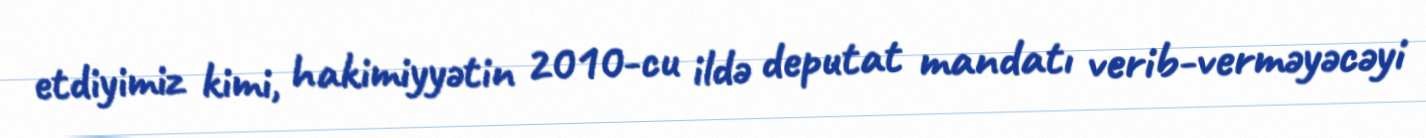
etdiyimiz kimi, hakimiyyətin 2010-cu ildə deputat mandatı verib-verməyəcəyi